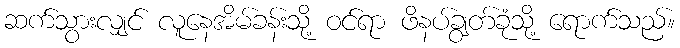
ဆက်သွားလျှင် လူနေအိမ်ခန်းသို့ ဝင်ရာ ဖိနပ်ချွတ်ခုံသို့ ရောက်သည်။